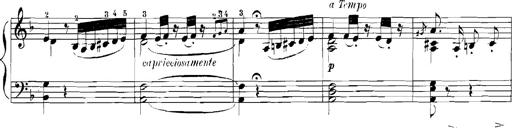
Title: Rhapsodies hongroises
Composer: Franz Liszt